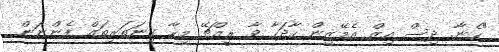
"ހެނާ. ދިސް އިޒް އެމޭޒިން ހާދަހާ ވާ ރީއްޗޭ މިހާ ގިނަތަރިތައް ފެންނަން